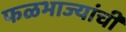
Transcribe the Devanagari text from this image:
फळभाज्यांची